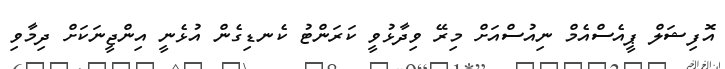
އޮފިޝަލް ޕީއެސްއެމް ނިއުސްއަށް މިރޭ ވިދާޅުވީ ކަރަންޓު ކެނޑިގެން އުޅެނީ އިންޖީނަކަށް ދިމާވި